Vaccination in the Punjab 1883-1896 - 1883-1896
Year: 1883
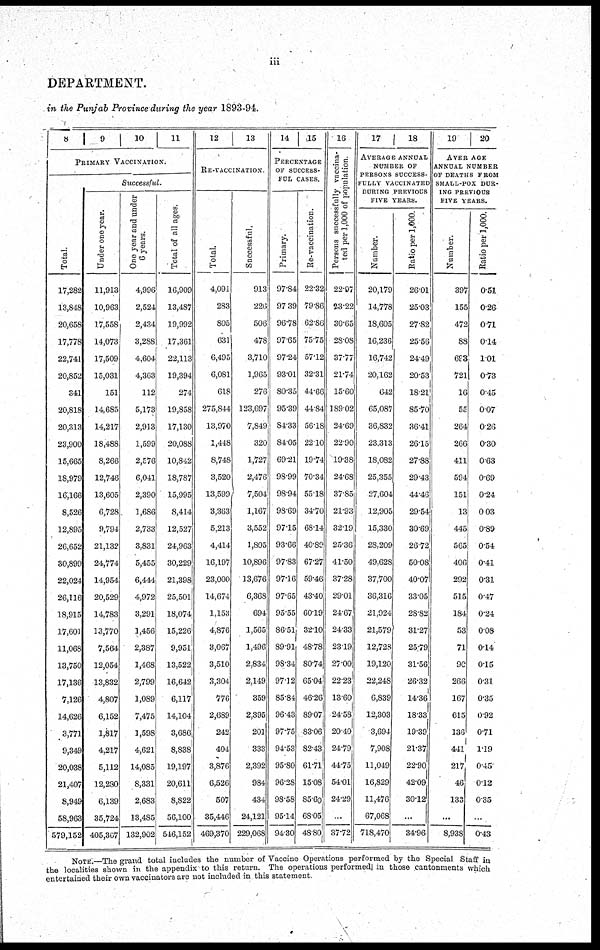
iii
DEPARTMENT.
in the Punjab Province during the year 1893-94.
8
9
10
11
PRIMARY VACCINATION.
Total.
17,282
13,848
20,658
17,778
22,741
20,852
341
20,818
20,313
23,900
15,665
18,979
16,166
8,526
12,895
26,652
30,899
22,024
26,116
18,915
17,601
11,068
13,750
17,136
7,126
14,626
3,771
9,349
20,038
21,407
8,949
58,963
579,152
Successful.
Under one year.
11,913
10,963
17,558
14,073
17,509
15,031
151
14,685
14,217
18,488
8,266
12,746
13,605
6,728
9,794
21,132
24,774
14,954
20,529
14,783
13,770
7,564
12,054
13,832
4,807
6,152
1,817
4,217
5,112
12,280
6,139
35,724
405,367
One year and under
6 years.
4,996
2,524
2,434
3,288
4,604
4,363
112
5,173
2,913
1,599
2,576
6,041
2,390
1,686
2,733
3,831
5,455
6,444
4,972
3,291
1,456
2,387
1,468
2,799
1,089
7,475
1,598
4,621
14,085
8,331
2,683
13,485
132,902
Total of all ages.
16,909
13,487
19,992
17,361
22,113
19,394
274
19,858
17,130
20,088
10,842
18,787
15,995
8,414
12,527
24,963
30,229
21,398
25,501
18,074
15.226
9,951
13,522
16,642
6,117
14,104
3,686
8,838
19,197
20,611
8,822
56,100
546,152
12
13
RE-VACCINATION.
Total.
4,091
283
805
631
6,495
6,081
618
275,844
13,970
1,448
8,748
3,520
13,599
3,363
5,213
4,414
16,197
23,000
14,674
1,153
4,876
3,067
3,510
3,304
776
2,689
242
404
3,876
6,526
507
35,446
469,370
Successful.
913
226
506
478
3,710
1,965
276
123,697
7,849
320
1,727
2,476
7,504
1,167
3,552
1,805
10,896
13,676
6,368
694
1,565
1,496
2,834
2,149
359
2,395
201
333
2,392
984
434
24,121
229,068
14
15
PERCENTAGE
OF SUCCESS-
FUL CASES.
Primary.
97.84
97.39
96.78
97.65
97.24
93.01
80.35
95.39
84.33
84.05
69.21
98.99
98.94
98.69
97.15
93.66
97.83
97.16
97.65
95.55
86.51
89.91
98.34
97.12
85.84
96.43
97.75
94.53
95.80
96.28
98.58
95.14
94.30
Re-vaccination.
22.32
79.86
62.86
75.75
57.12
32.31
44.66
44.84
56.18
22.10
19.74
70.34
55.18
34.70
68.14
40.89
67.27
59.46
43.40
60.19
32.10
48.78
80.74
65.04
46.26
89.07
83.06
82.43
61.71
15.08
85.60
68.05
48.80
16
Persons successfully vaccina-
ted per 1,000 of population.
22.97
23.22
30.65
28.08
37.77
21.74
15.60
189.02
24.69
22.90
19.38
24.68
37.85
21.93
32.19
25.36
41.50
37.28
29.01
24.67
24.33
23.19
27.00
22.23
13.60
24.58
20.40
24.79
44.75
54.01
24.29
...
37.72
17 18
AVERAGE ANNUAL
NUMBER OF
PERSONS SUCCESS-
FULLY VACCINATED
DURING PREVIOUS
FIVE YEARS.
Number.
20,179
14,778
18,605
16,236
16,742
20,162
642
65,087
36,832
23,313
18,082
25,355
27,604
12,905
15,330
28,209
49,628
37,700
36,316
21,924
21,579
12,723
19,120
22,248
6,839
12,303
3,694
7,908
11,049
16,829
11,476
67,068
718,470
Ratio per 1,000.
26.01
25.03
27.82
25.56
24.49
20.53
18.21
85.70
36.41
26.15
27.88
29.43
44.46
29.54
30.69
26.72
50.08
40.07
33.05
28.82
31.27
25.79
31.56
26.32
14.36
18.33
19.39
21.37
22.90
42.09
30.12
...
34.96
19
20
AVERAGE
ANNUAL NUMBER
OF DEATHS FROM
SMALL-POX DUR-
ING PREVIOUS
FIVE YEARS.
Number.
397
155
472
88
693
721
16
55
264
266
411
594
151
13
445
565
406
292
515
184
53
71
90
266
167
615
136
441
217
46
133
...
8,938
Ratio per 1,000.
0.51
0.26
0.71
0.14
1.01
0.73
0.45
0.07
0.26
0.30
0.63
0.69
0.24
0.03
0.89
0.54
0.41
0.31
0.47
0.24
0.08
0.14
0.15
0.31
0.35
0.92
0.71
1.19
0.45
0.12
0.35
...
0.43
NOTE.—The grand total includes the number of Vaccine Operations performed by the Special Staff in
the localities shown in the appendix to this return. The operations performed in those cantonments which
entertained their own vaccinators are not included in this statement.